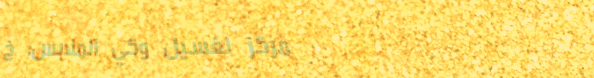
مركز لغسيل وكي الملابس: خ